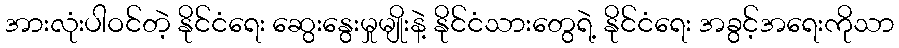
အားလုံးပါဝင်တဲ့ နိုင်ငံရေး ဆွေးနွေးမှုမျိုးနဲ့ နိုင်ငံသားတွေရဲ့ နိုင်ငံရေး အခွင့်အရေးကိုသာ